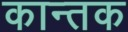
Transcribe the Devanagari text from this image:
कान्तक